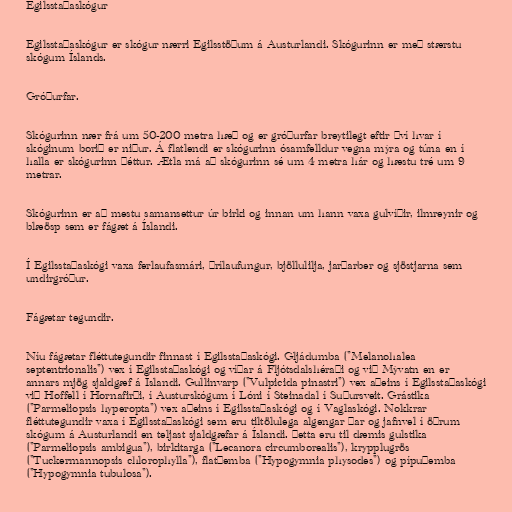
Egilsstaðaskógur

Egilsstaðaskógur er skógur nærri Egilsstöðum á Austurlandi. Skógurinn er með stærstu
skógum Íslands.

Gróðurfar.

Skógurinn nær frá um 50-200 metra hæð og er gróðurfar breytilegt eftir því hvar í
skóginum borið er niður. Á flatlendi er skógurinn ósamfelldur vegna mýra og túna en í
halla er skógurinn þéttur. Ætla má að skógurinn sé um 4 metra hár og hæstu tré um 9
metrar.

Skógurinn er að mestu samansettur úr birki og innan um hann vaxa gulvíðir, ilmreynir og
blæösp sem er fágæt á Íslandi.

Í Egilsstaðaskógi vaxa ferlaufasmári, þrílaufungur, bjöllulilja, jarðarber og sjöstjarna sem
undirgróður.

Fágætar tegundir.

Níu fágætar fléttutegundir finnast í Egilsstaðaskógi. Gljádumba ("Melanohalea
septentrionalis") vex í Egilsstaðaskógi og víðar á Fljótsdalshéraði og við Mývatn en er
annars mjög sjaldgæf á Íslandi. Gullinvarp ("Vulpicida pinastri") vex aðeins í Egilsstaðaskógi
við Hoffell í Hornafirði, í Austurskógum í Lóni í Steinadal í Suðursveit. Grástika
("Parmeliopsis hyperopta") vex aðeins í Egilsstaðaskógi og í Vaglaskógi. Nokkrar
fléttutegundir vaxa í Egilsstaðaskógi sem eru tiltölulega algengar þar og jafnvel í öðrum
skógum á Austurlandi en teljast sjaldgæfar á Íslandi. Þetta eru til dæmis gulstika
("Parmeliopsis ambigua"), birkitarga ("Lecanora circumborealis"), krypplugrös
("Tuckermannopsis chlorophylla"), flatþemba ("Hypogymnia physodes") og pípuþemba
("Hypogymnia tubulosa").